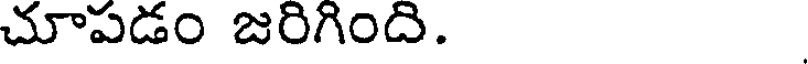
చూపడం జరిగింది.